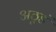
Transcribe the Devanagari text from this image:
अठूडं